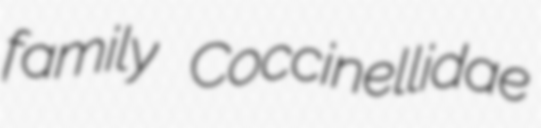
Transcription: family Coccinellidae